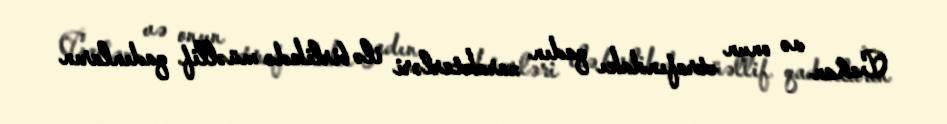
Cahan və onun ətrafındakı qadın xarakterləri ilə birlikdə müəllif qadınların